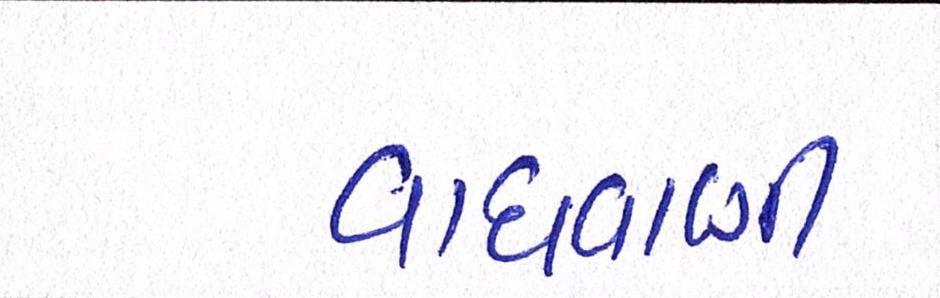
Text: વાધવાણી